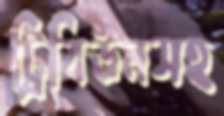
ট্রিবিউনসহ